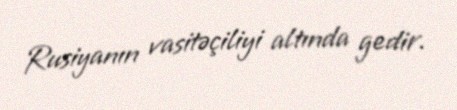
Rusiyanın vasitəçiliyi altında gedir.